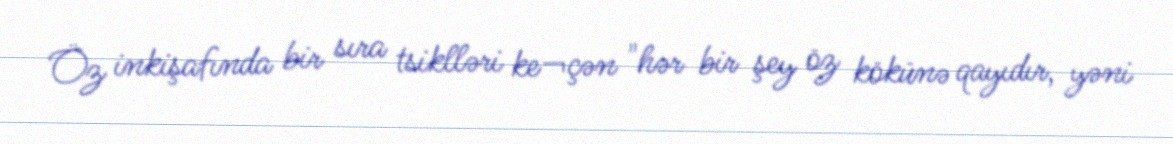
Öz inkişafında bir sıra tsiklləri ke¬çən "hər bir şey öz kökünə qayıdır, yəni